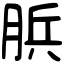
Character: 𦛼